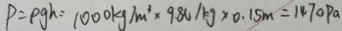
P = \rho g h = 1 0 0 0 k g / m ^ { 3 } \times 9 . 8 N / k g \times 0 . 1 5 m = 1 4 7 0 P a